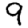
Digit: 9